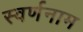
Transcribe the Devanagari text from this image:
स्वर्णनाम